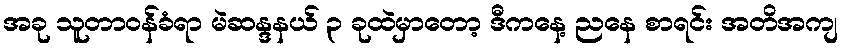
အခု သူတာဝန်ခံရာ မဲဆန္ဒနယ် ၃ ခုထဲမှာတော့ ဒီကနေ့ ညနေ စာရင်း အတိအကျ